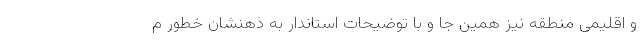
و اقلیمی منطقه نیز همین جا و با توضیحات استاندار به ذهنشان خطور م